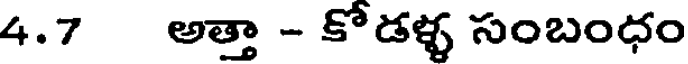
4.7 అత్తా - కో డళ్ళ సంబంధం